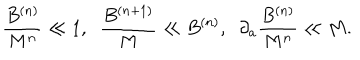
LaTeX: \frac { B ^ { ( n ) } } { M ^ { n } } \ll 1 , \; \; \frac { B ^ { ( n + 1 ) } } { M } \ll B ^ { ( n ) } , \; \; \partial _ { a } \frac { B ^ { ( n ) } } { M ^ { n } } \ll M .